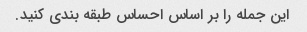
این جمله را بر اساس احساس طبقه بندی کنید.